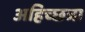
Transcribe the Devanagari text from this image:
अहिच्छत्रा